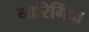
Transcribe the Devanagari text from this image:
मारिगिंदा